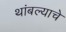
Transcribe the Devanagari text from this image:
थांबल्याचे